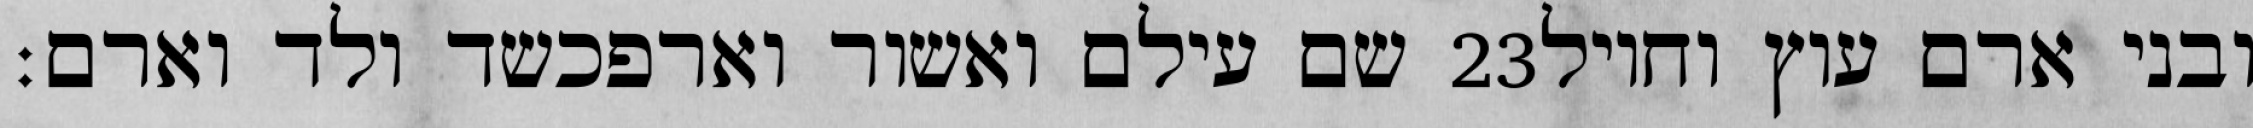
שם עילם ואשור וארפכשד ולד וארם׃ ‎23‏ ובני ארם עוץ וחויל